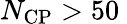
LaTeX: N_{\mathrm{CP}}>50\